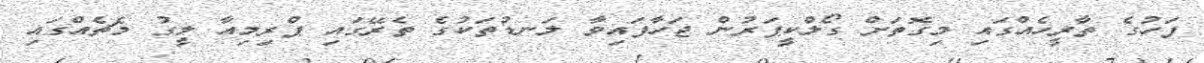
ފަހުގެ ތާރީހެއްގައި މިގޮތަށް ގޯލްކީޕަރުން ޖަހާފައިވާ ލަނޑުތަކުގެ ތެރޭގައި ޕްރިމިއާ ލީގު މެޗެއްގައި